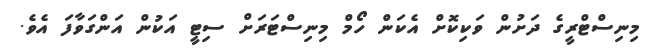
މިނިސްޓްރީގެ ދަށުން ވަކިކޮށް އެކަން ހޯމް މިނިސްޓަރަށް ސިޓީ އަކުން އަންގަވާފަ އެވެ.